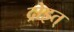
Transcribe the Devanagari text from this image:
द्रोइत्